Alphabetical list of drugs, medicines and other preparations free from, and containing, spirit compiled from the results of tests made by the customs houses at Calcutta, Bombay, and Madras
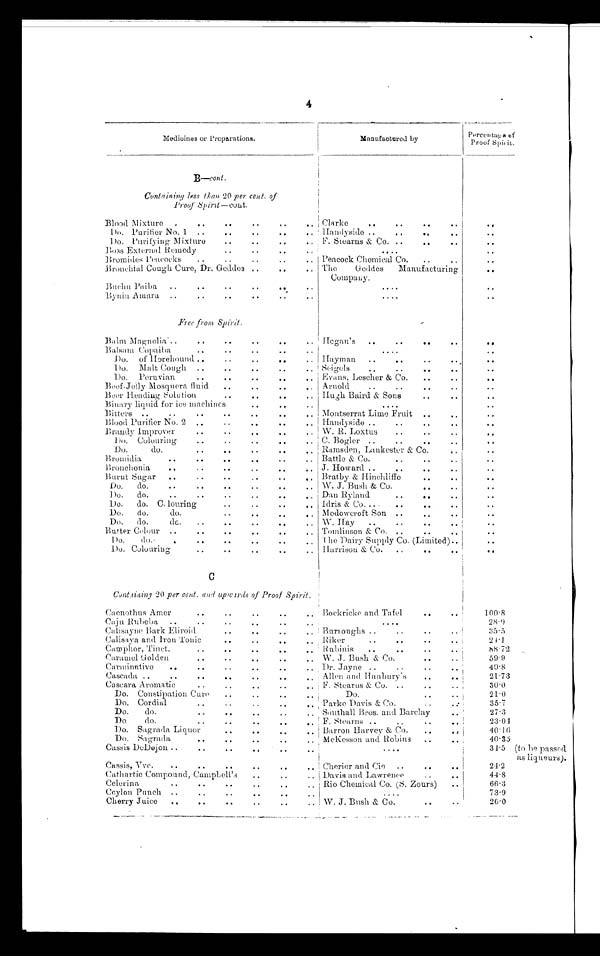
4
Medicines or Preparations.
_
Manufactured by
P e r c e n t a g e o f P r o o f S p i r i t
B—cont.
Containing less than 20 per cent.of
Proof Spirit—cont.
Blood Mixture
Clarke
Do Purifier No. 1
Handyside
Do. Purifying Mixture F. Stearns & Co
Boss External Remedy
Bromides Peacocks
Peacock Chemical Co.
Bronchial Cough Cure, Dr. Geddes
The Geddes Manufacturing
Company
Buchu Paiba
Bynin Amara
Free from Spirit.
Balm Magnolia
Hegan's
Balsam Copaiba
Do. of Horehound
Hayman
Do. Malt Cough
Seigels
Do. Peruvian
Evans, Lescher & Co.
.
. . .
Beef-Jelly Mosquera fluid
Arnold
Beer Heading Solution
Hugh Baird & Sons
Binary liquid for ice machines
Bitters
Montserrat Lime Fruit
Blood Purifier No. 2
Handyside
Brandy Improver
W. R. Loxtus
Do. Colouring
C. Bogler
Do. do.
Ramsden, Lankester & Co.
Bromidia
Battle & Co
Bronchonia
J. Howard
Burnt Sugar Bratby & Hinchliffe
Do. do
W. J. Bush & Co.
Do. do.
Dan Ryland
Do. do. Colouring
Idris & Co
Do. do. do.
Medowcroft Son
Do. do. do W. Hay
Butter Colour
Tomlinson & Co.
D o d o . The Dairy Supply Co. (Limited)
Do. Colouring
Harrison & Co
C
Containing 20 per cent. and upwards of Proof Spirit.
Caenothus Amer
Bockricke and Tafel
100·8
Caju Rubeba
2 8 · 9
Calisayne Bark Eliroid
Burroughs
3 5 · 5
Calisaya and Iron Tonic
Riker
21·1
Camphor, Tinet. Rubinis
8 8 · 7 2
Caramel Golden
W. J. Bush & Co.
59·9
Carminative
Dr. Jayne
40·8
Cascada
Allen and Hanbury's
21·73
..
. C a s c a r a A r o m a t i c
F. Stearns & Co.
30·0
Do. Constipation Cure
Do
21·0
Do. Cordial
Parke Davis & Co.
35·7
Do.
do. Southall Bros. and Barclay
27·3
Do do.
F. Stearns
23·04
Do. Sagrada Liquor
,
Barron Harvey & Co.
40·16
Do. Sagrada
McKesson and Robins
40·35
Cassis DeDejon
34·5 (to be passed.
as liqueurs).
Cassis, Vve.
Cherier and Cie
24.2
Cathartic Compound, Campbell's
Davis and Lawrence
44·8
Celerina
Rio Chemical Co. (S. Zours)
66·3
Ceylon Punch
73·9
Cherry Juice
W . J. Bush & Co.
26·0
_